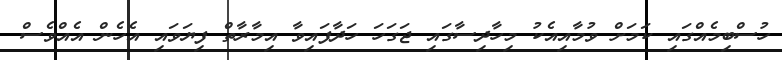
ހުސްބިމެއްގައި ކަމަށް ވުމާއިއެކު މިހާދިސާގައި ޖަގަހަ ހަދާފައިވާ އިމާރާތް ފިޔަވައި އެހެން އެއްވެސް